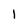
Character: 1